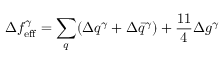
\Delta f _ { \mathrm { e f f } } ^ { \gamma } = \sum _ { q } ( \Delta q ^ { \gamma } + \Delta \bar { q } ^ { \gamma } ) + \frac { 1 1 } { 4 } \Delta g ^ { \gamma }